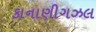
કાનાણીગઝલ